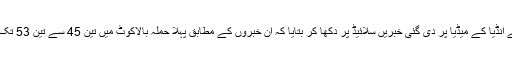
انہوں نے انڈیا کے میڈیا پر دی گئی خبریں سلائیڈ پر دکھا کر بتایا کہ ان خبروں کے مطابق پہلا حملہ بالاکوٹ میں تین 45 سے تین 53 تک کیا گیا۔